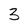
Character: 3